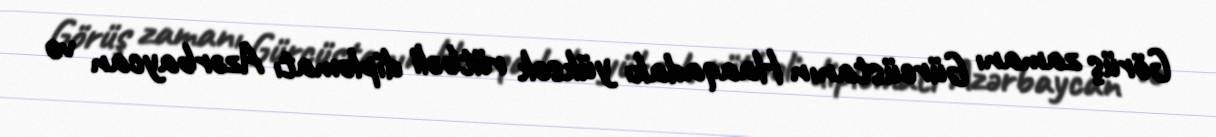
Görüş zamanı Gürcüstanın Haaqadakı yüksək rütbəli diplomatı Azərbaycan və